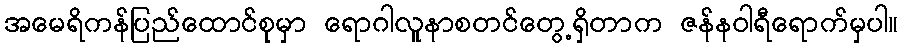
အမေရိကန်ပြည်ထောင်စုမှာ ရောဂါလူနာစတင်တွေ့ရှိတာက ဇန်နဝါရီရောက်မှပါ။